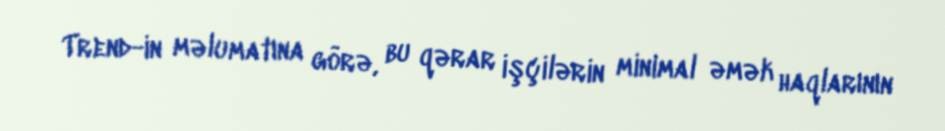
Trend-in məlumatına görə, bu qərar işçilərin minimal əmək haqlarının